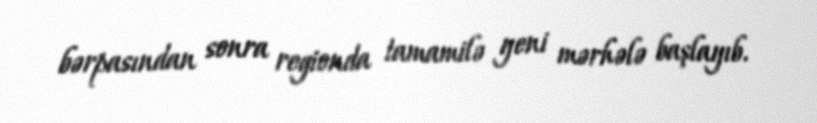
bərpasından sonra regionda tamamilə yeni mərhələ başlayıb.